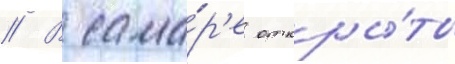
// В сама́р'е откры́ты